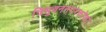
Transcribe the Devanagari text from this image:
त्रिभुवननगरकोको